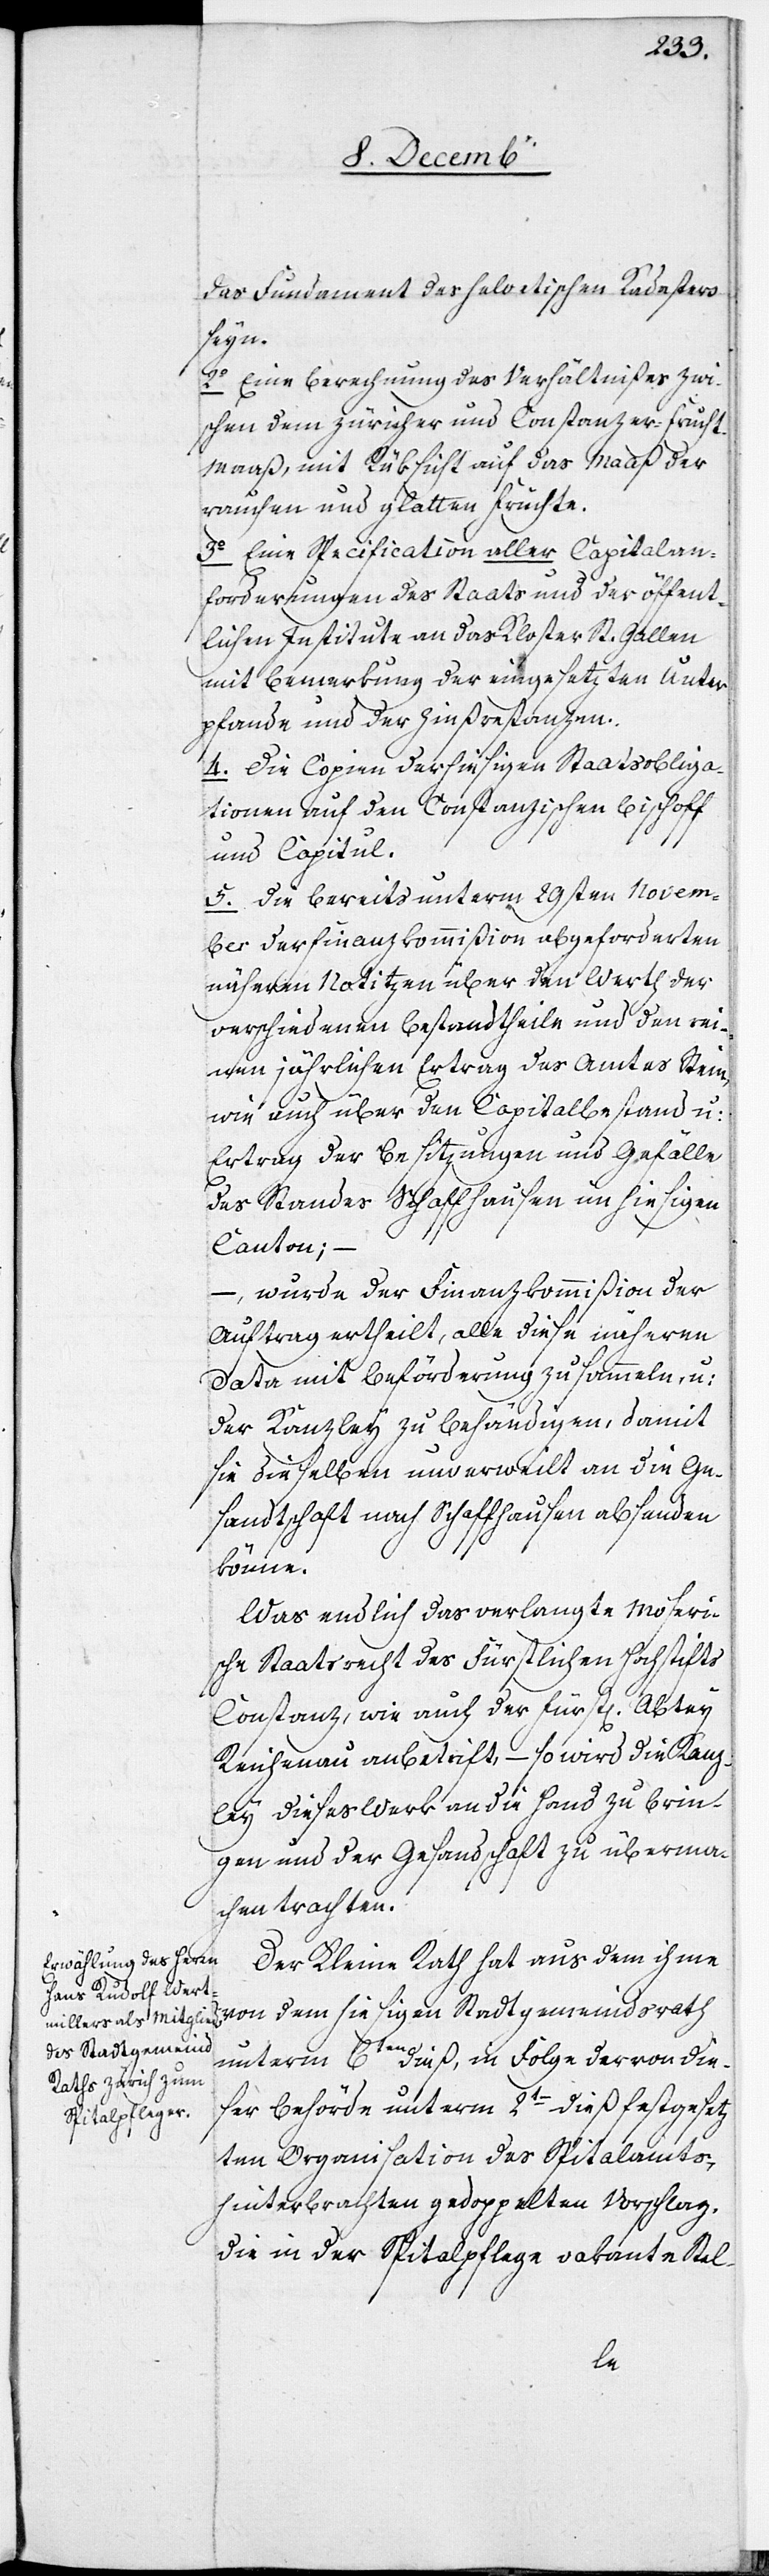
das Fundament des helvetischen Kadasters
seyn.
2. Eine Berechnung des Verhältnißes zwi¬
schen dem Züricher und Constanzer-Frucht¬
maaß, mit Rüksicht auf das Maaß der
rauchen und glatten Früchte.
3. Eine Specification aller Capitalan¬
forderungen des Staats und der öffent¬
lichen Institute an das Kloster St. Gallen
mit Bemerkung der eingesetzten Unter¬
pfande und der Zinßrestanzen
4. Die Copien der hiesigen Staatsobliga¬
tionen auf den Constanzischen Bischoff
und Capitul.
5. Die bereits unterm 29sten Novem¬
ber der Finanzkommißion abgeforderten
näheren Notitzen über den Werth der
verschiedenen Bestandtheile und den rei¬
nen jährlichen Ertrag des Amtes Stein,
wie auch über den Capitalbestand u:
Ertrag der Besitzungen und Gefälle
des Standes Schaffhausen im hiesigen
Canton;
– wurde der Finanzkommißion der
Auftrag ertheilt, alle diese näheren
Data mit Beförderung zu sammeln, u:
der Kanzley zu behändigen, damit
sie dieselben unverweilt an die Ge¬
sandtschaft nach Schaffhausen absenden
könne.
Was endlich das verlangte Moseris¬
che Staatsrecht des Fürstlichen Hochstifts
Constanz, wie auch der Fürstl[ichen] Abtey
Reichenau anbetrift, – so wird die Kanzl¬
ey dieses Werk an die Hand zu brin¬
gen und der Gesandtschaft zu überma¬
chen trachten.
Der Kleine Rath hat aus dem ihme
von dem hiesigen Stadtgemeindsrath
unterm 6ten dieß, in Folge der von die¬
ser Behörde unterm 2ten dieß festgesetz¬
ten Organisation des Spitalamts,
hinterbrachten gedoppelten Vorschlag,
die in der Spitalpflege vakante Stel-